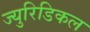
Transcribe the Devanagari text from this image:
ज्युरिडिकल